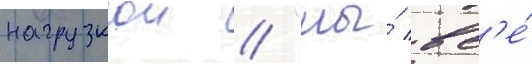
нагрузкои // "мы́ вс'е́